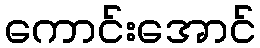
ကောင်းအောင်